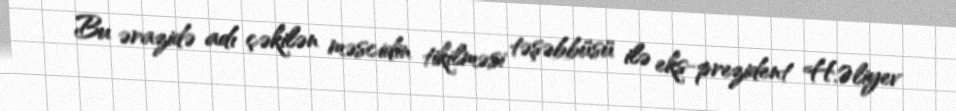
Bu ərazidə adı çəkilən məscidin tikilməsi təşəbbüsü ilə eks-prezident H.Əliyev